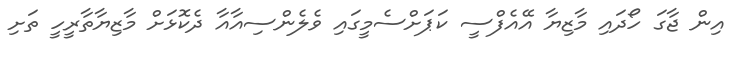
އިން ޖާގަ ހޯދައި މާޒިޔާ އޭއެފްސީ ކަޕަށްސެމީގައި ވެލެންސިއާއާ ދެކޮޅަށް މާޒިޔާތާރީހީ ތަށި